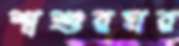
শ্বশুরঘর